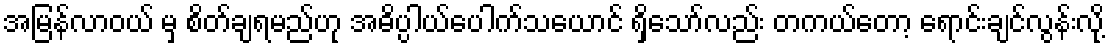
အမြန်လာဝယ် မှ စိတ်ချရမည်ဟု အဓိပ္ပါယ်ပေါက်သယောင် ရှိသော်လည်း တကယ်တော့ ရောင်းချင်လွန်းလို့